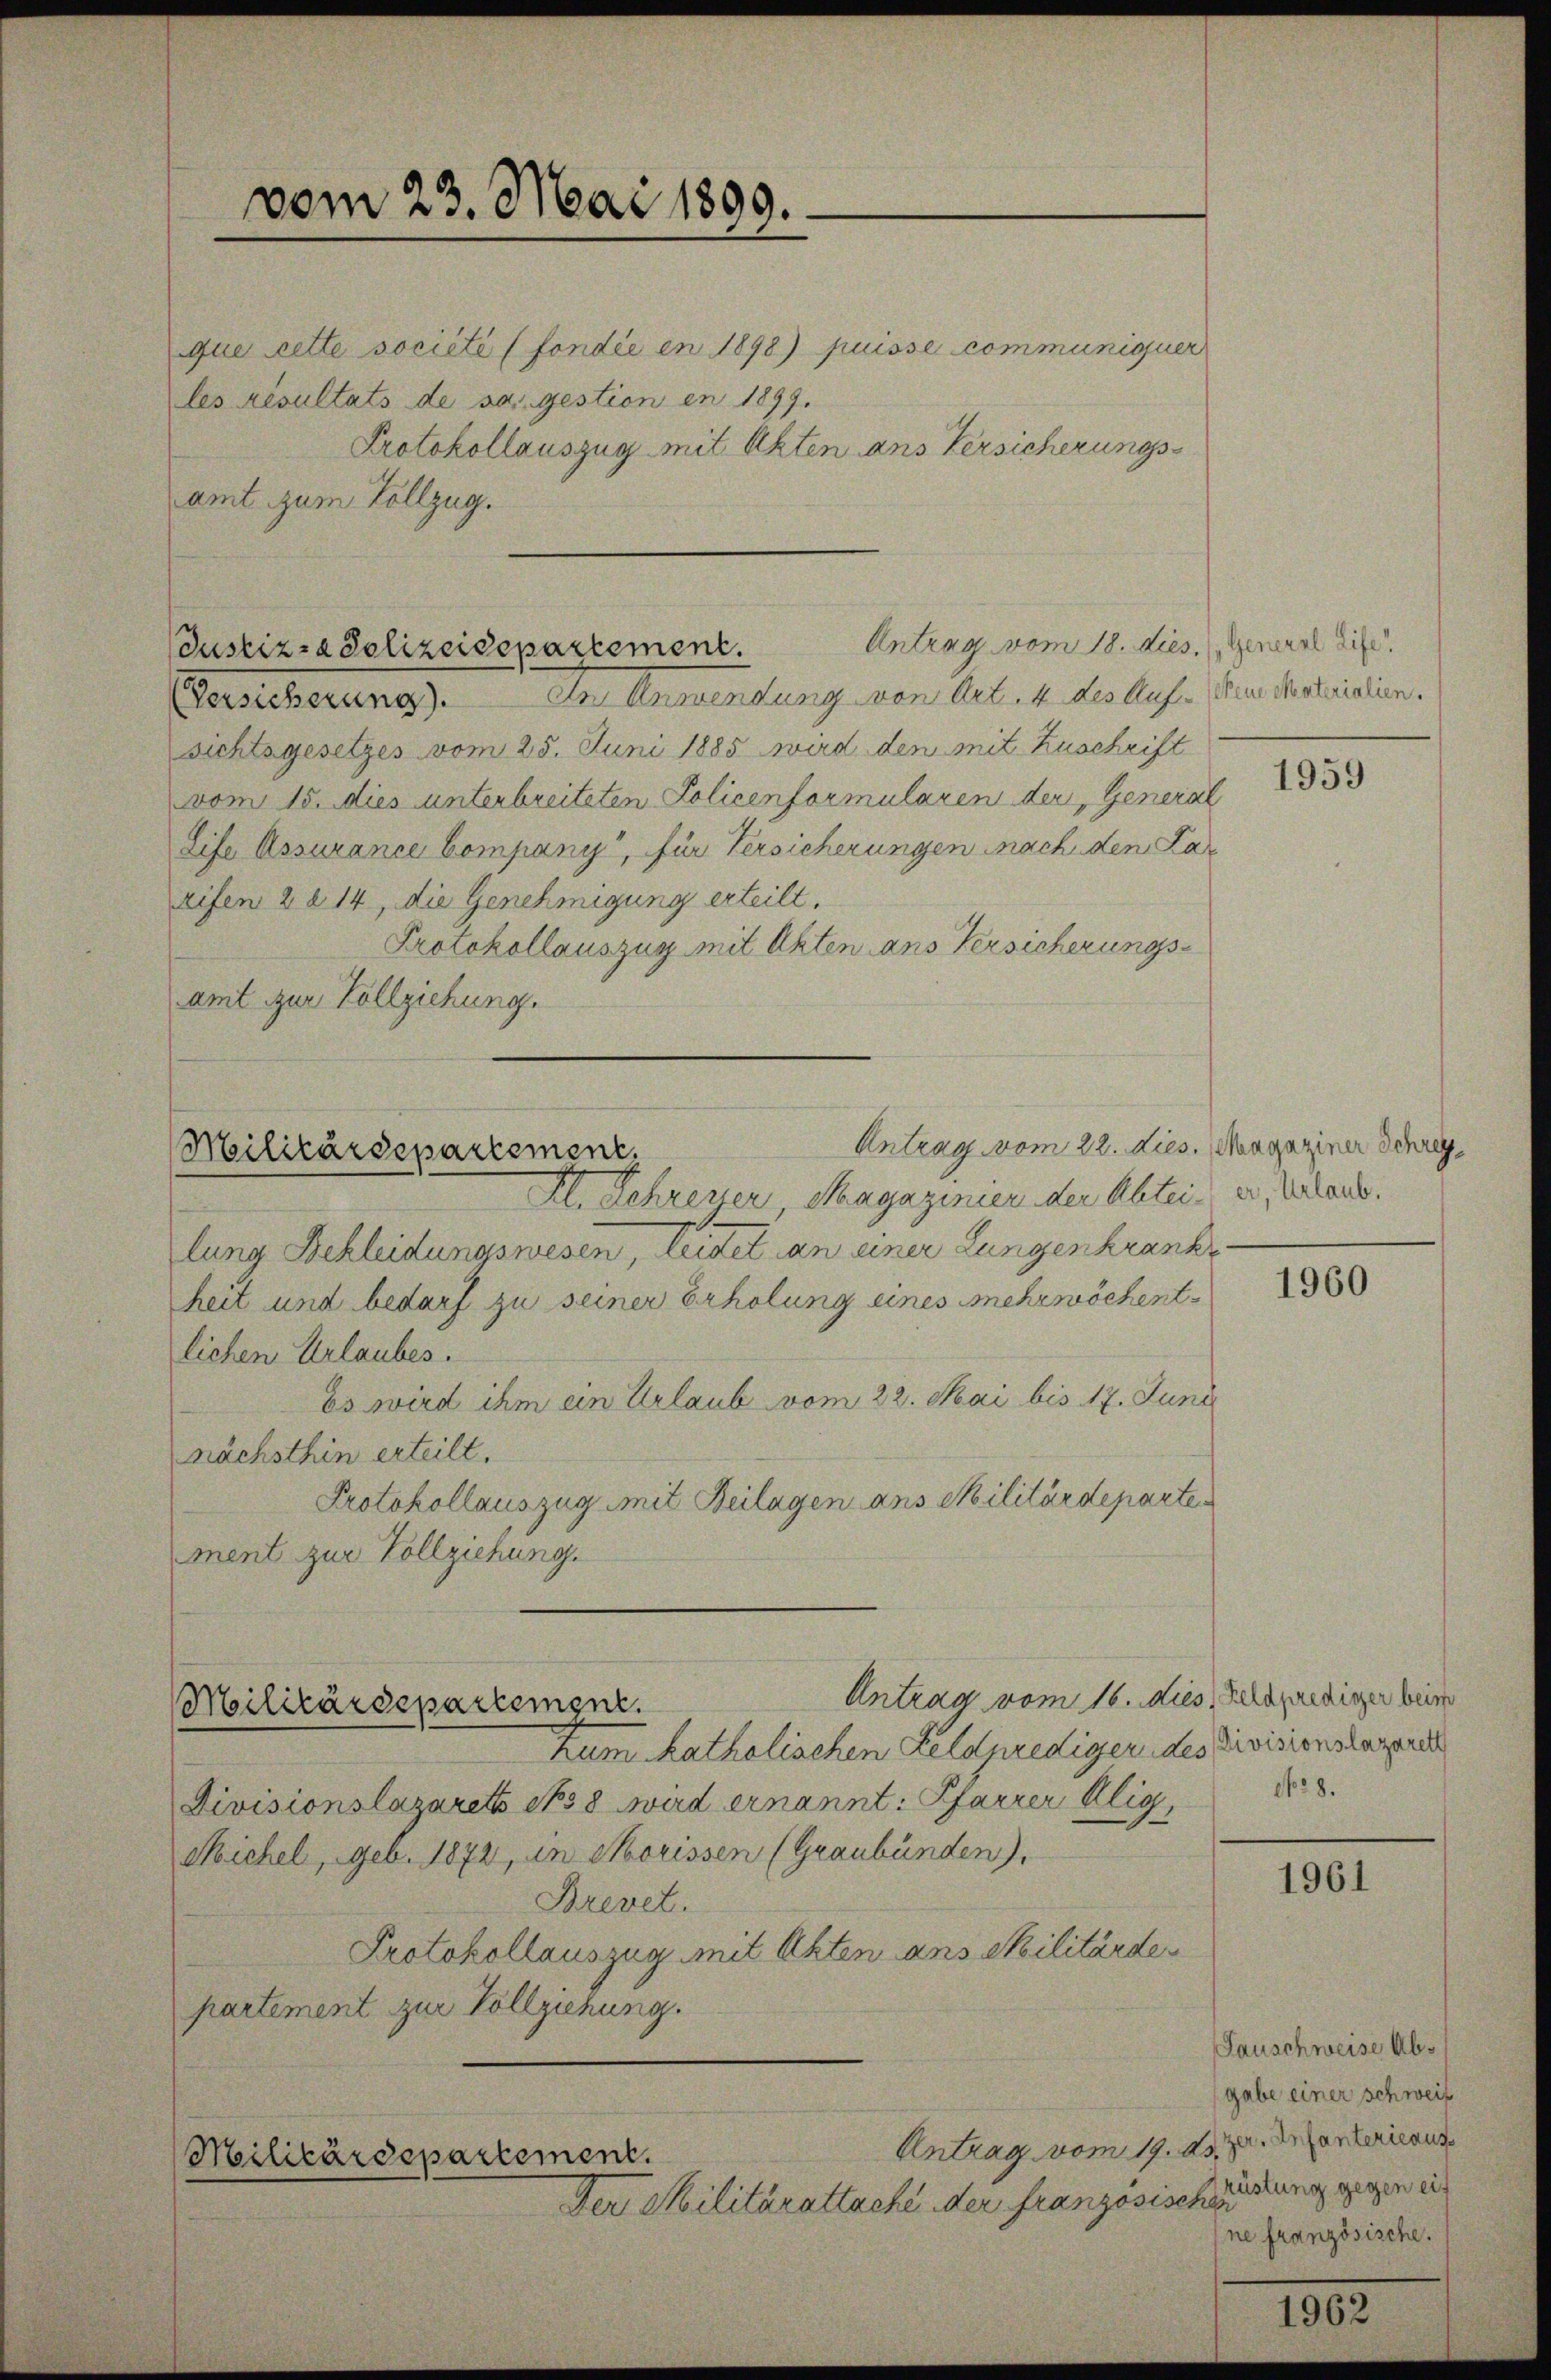
vom 23. Mai 1899.

que cette société (fondie en 1898) puisse communiquer
les résultats de sa gestion en 1899.
Protokollauszug mit Akten ans Versicherungsamt zum Vollzug.
der Anwendung von Art. 4 des Auf dem dortialien.
Versicherung).
sichtsgesetzes vom 25. Juni 1885 wird den mit Zuschrift
vom 15. dies unterbreiteten Policenformularen der General
Life Assurance Company“, für Versicherungen nach den Larifen 2014, die Genehmigung erteilt.
Protokollauszug mit Akten ans Versicherungsamt zur Vollziehung.

Antrag vom 18. dies. (General die
Justiz- & Polizeidepartement.

Militärdepartement,

Militärdepartement.

Militärdepartement.

Antrag vom 22. Dies. (Magaziner Schrey¬
Kl. Lehrener, Magazinier der Abtei er, Valants.
lung Bekleidungswesen, leidet an einer Lungenkranke
heit und bedarf zu seiner Erholung eines mehrwöchentlichen Urlaubes.
Es wird ihm ein Urlaub vom 22. Mai bis 17. Juni
nächsthin erteilt.
Protokollauszug mit Beilagen ans Militärdeparten
ment zur Vollziehung.

Zum katholischen Feldprediger des Divisionslagende
Divisionslazareth No 8 wird ernannt. Pfarrer Alig,
Sichel, geb. 1872, in Chorissen (Graubünden),
Brevet.
Protokollauszug mit Akten ans Militärde
partement zur Vollziehung.

Der Militärattache der französische

1959

1960

Antrag vom 16. dies, aprediger beim
No 8.

1961

STauschweise Abgabe einer schweiz
Antrag vom 19. d. 3. Departerieaus
üstung gegen ein
ne französische.

1962